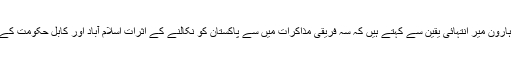
افغانستان سینٹر فار ریسرچ پالیسی اسٹڈیز نامی تھنک ٹینک کے سیاسی تجزیہ کار ہارون میر انتہائی یقین سے کہتے ہیں کہ سہ فریقی مذاکرات میں سے پاکستان کو نکالنے کے اثرات اسلام آباد اور کابل حکومت کے آپس کے تعلقات پر مرتب ہوں گے، ’’یہ حملے افغان حکومت کے لیے خطرہ ہیں۔